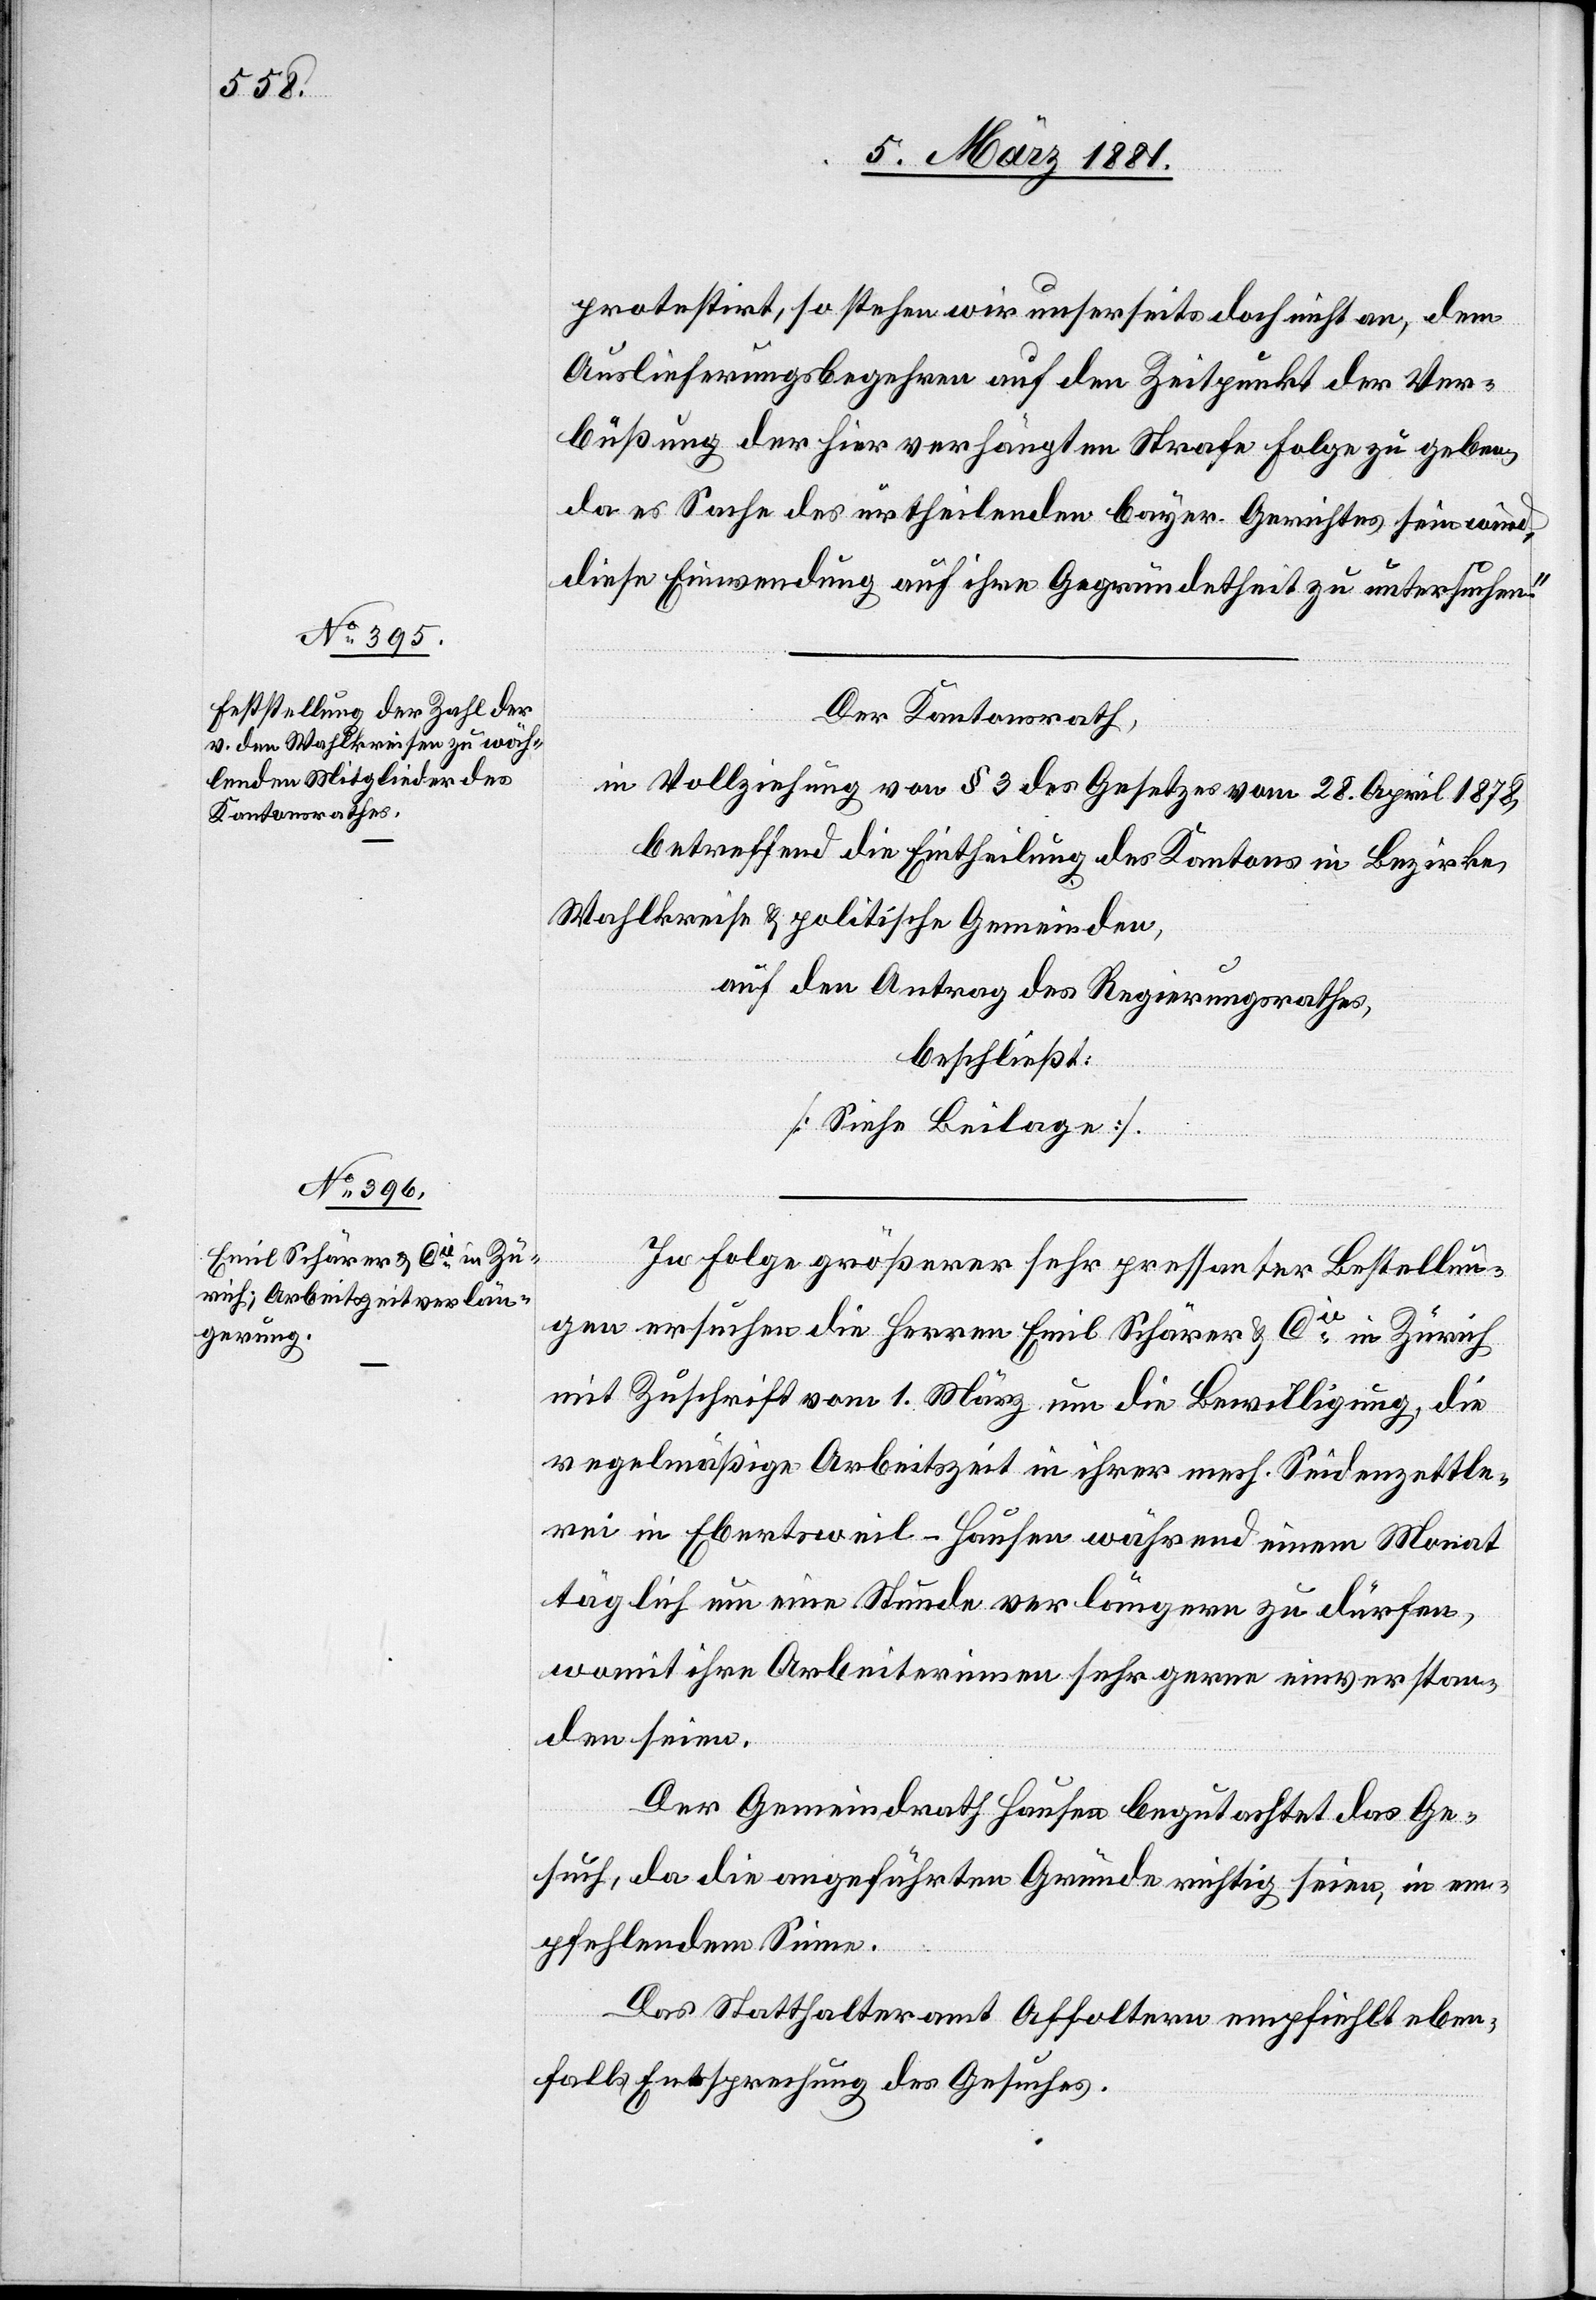
8. März 1881.]
protestirt, so stehen unserseits doch nicht an, dem
Auslieferungsbegehren auf den Zeitpunkt der Ver¬
büßung der hier verhängten Strafe Folge zu geben,
da es Sache des urtheilenden bayer. Gerichts sein wird,
diese Einwendung auf ihre Gegründetheit zu untersuchen.“
Der Kantonsrath,
in Vollziehung von § 3 des Gesetzes vom 28. April 1878,
betreffend die Eintheilung des Kantons in Bezirke,
Wahlkreise & politische Gemeinden,
auf den Antrag des Regierungsrathes,
beschließt:
[Siehe Beilage].
In Folge größerer sehr pressanter Bestellun¬
gen ersuchen die Herren Emil Schärer & Cie in Zürich
mit Zuschrift vom 1. März um die Bewilligung, die
regelmäßige Arbeitszeit in ihrer mech. Seidenzettle¬
rei in Ebertsweil - Hausen während einem Monat
täglich um eine Stunde verlängern zu dürfen,
womit ihre Arbeiterinnen sehr gerne einverstan¬
den seien.
Der Gemeindrath Hausen begutachtet das Ge¬
such, da die angeführten Gründe richtig seien, in em¬
pfehlendem Sinne.
Das Statthalteramt Affoltern empfiehlt eben¬
falls Entsprechung des Gesuches.